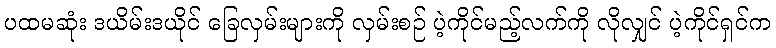
ပထမဆုံး ဒယိမ်းဒယိုင် ခြေလှမ်းများကို လှမ်းစဉ် ပဲ့ကိုင်မည့်လက်ကို လိုလျှင် ပဲ့ကိုင်ရှင်က